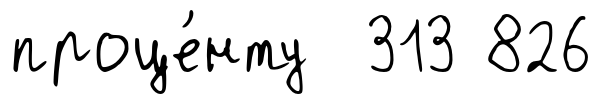
проце́нту 313 826